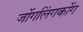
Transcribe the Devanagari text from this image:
जोंगलिंगकोंग